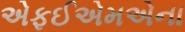
એફઈએમએના